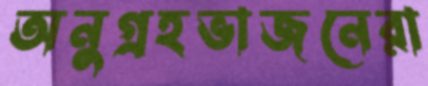
অনুগ্রহভাজনেরা